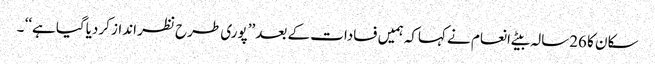
سکان کا 26سالہ بیٹے انعام نے کہاکہ ہمیں فسادات کے بعد ’’پوری طرح نظر انداز کردیاگیا ہے‘‘ ۔